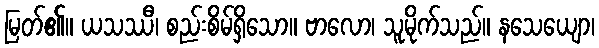
မြတ်၏။ ယသဿီ၊ စည်းစိမ်ရှိသော။ ဗာလော၊ သူမိုက်သည်။ နသေယျော၊